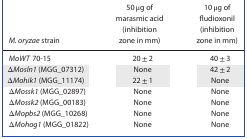
<table><thead><tr><td><b><i>M. oryzae</i> strain</b></td><td><b>50 μg of marasmic acid (inhibition zone in mm)</b></td><td><b>10 μg of fludioxonil (inhibition zone in mm)</b></td></tr></thead><tbody><tr><td><i>MoWT</i> 70‐15</td><td>20 ± 2</td><td>40 ± 3</td></tr><tr><td><i>ΔMosln1</i> (MGG_07312)</td><td>None</td><td>42 ± 2</td></tr><tr><td><i>ΔMohik1</i> (MGG_11174)</td><td>22 ± 1</td><td>None</td></tr><tr><td><i>ΔMossk1</i> (MGG_02897)</td><td>None</td><td>None</td></tr><tr><td><i>ΔMossk2</i> (MGG_00183)</td><td>None</td><td>None</td></tr><tr><td><i>ΔMopbs2</i> (MGG_10268)</td><td>None</td><td>None</td></tr><tr><td><i>ΔMohog1</i> (MGG_01822)</td><td>None</td><td>None</td></tr></tbody></table>